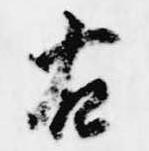
右